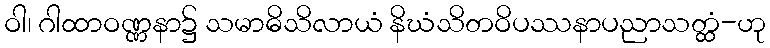
ဝါ၊ ဂါထာဝဏ္ဏနာ၌ သမာဓိသိလာယံ နိဃံသိတဝိပဿနာပညာသတ္ထံ-ဟု